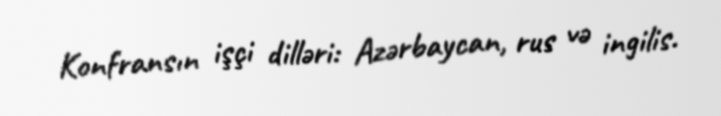
Konfransın işçi dilləri: Azərbaycan, rus və ingilis.